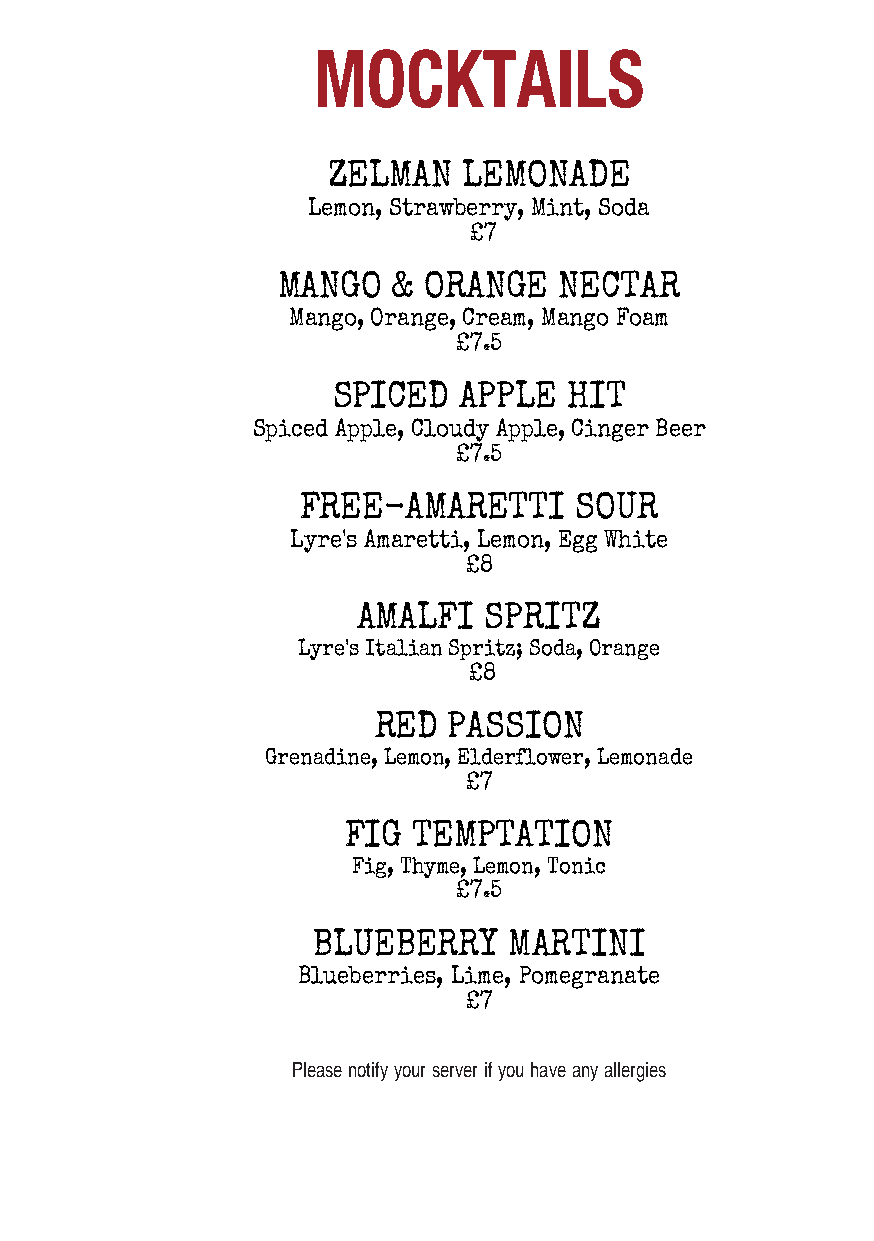
MOCKTAILS
 ZELMAN   LEMONADE
 Lemon, Strawberry, Mint, Soda
 £7
 MANGO   & ORANGE   NECTAR
 Mango, Orange, Cream, Mango Foam
 £7.5
 SPICED  APPLE   HIT
 Spiced Apple, Cloudy Apple, Cinger Beer
 £7.5
 FREE-AMARETTI     SOUR
 Lyre's Amaretti, Lemon, Egg White
 £8
 AMALFI  SPRITZ
 Lyre's Italian Spritz; Soda, Orange
 £8
 RED  PASSION
 Grenadine, Lemon, Elderflower, Lemonade
 £7
 FIG TEMPTATION
 Fig, Thyme, Lemon, Tonic
 £7.5
 BLUEBERRY    MARTINI
 Blueberries, Lime, Pomegranate
 £7
 Please notify your server if you have any allergies